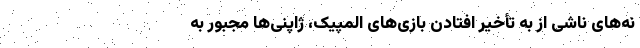
نه‌های ناشی از به تأخیر افتادن بازی‌های المپیک، ژاپنی‌ها مجبور به